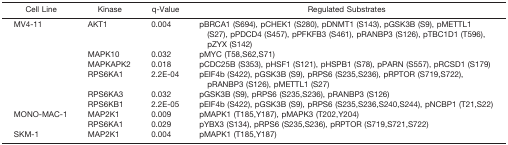
| Cell Line | Kinase | q-Value | Regulated Substrates |
 | --- | --- | --- | --- |
 | <ROWSPAN=6> MV4-11 | AKT1 | 0.004 | pBRCA1 (S694), pCHEK1 (S280), pDNMT1 (S143), pGSK3B (S9), pMETTL1 (S27), pPDCD4 (S457), pPFKFB3 (S461), pRANBP3 (S126), pTBC1D1 (T596), pZYX (S142) |
 | MAPK10 | 0.032 | pMYC (T58,S62,S71) |
 | MAPKAPK2 | 0.018 | pCDC25B (S353), pHSF1 (S121), pHSPB1 (S78), pPARN (S557), pRCSD1 (S179) |
 | RPS6KA1 | 2.2E-04 | pEIF4b (S422), pGSK3B (S9), pRPS6 (S235,S236), pRPTOR (S719,S722), pRANBP3 (S126), pMETTL1 (S27) |
 | RPS6KA3 | 0.032 | pGSK3B (S9), pRPS6 (S235,S236), pRANBP3 (S126) |
 | RPS6KB1 | 2.2E-05 | pEIF4b (S422), pGSK3B (S9), pRPS6 (S235,S236,S240,S244), pNCBP1 (T21,S22) |
 | <ROWSPAN=2> MONO-MAC-1 | MAP2K1 | 0.009 | pMAPK1 (T185,Y187), pMAPK3 (T202,Y204) |
 | RPS6KA1 | 0.029 | pYBX3 (S134), pRPS6 (S235,S236), pRPTOR (S719,S721,S722) |
 | SKM-1 | MAP2K1 | 0.004 | pMAPK1 (T185,Y187) |